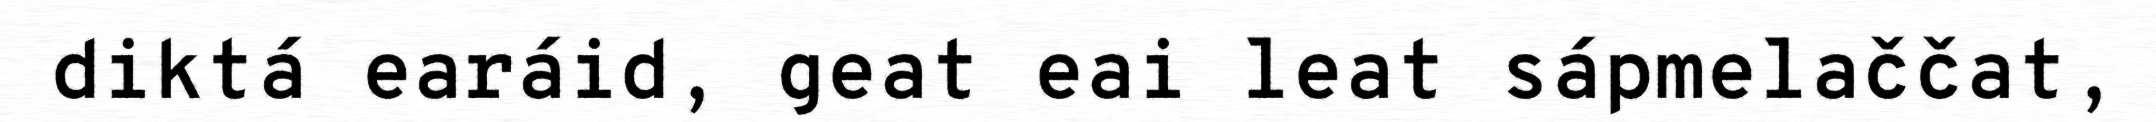
diktá earáid, geat eai leat sápmelaččat,